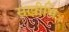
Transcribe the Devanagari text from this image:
सखीभिः